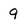
Character: 9